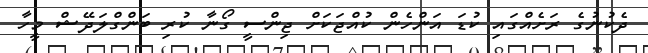
ދެކުނުގެ ރަށެއްގައި ކުޑަ އަންހެން ކުއްޖަކަށް ޖިންސީ ގޯނާ ކުރި ބަންގްލަދޭޝް މީހާ